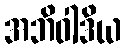
အဘိဝါဒိယ